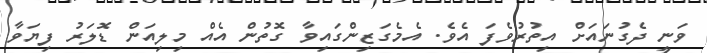
ވަނީ ދެގުނައަށް އިތުރުވެފަ އެވެ. އެމެގަޒިންގައިވާ ގޮތުން އެއް މިލިއަން ޑޮލަރު ފިޔަވާ